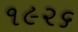
૧૯૨૬